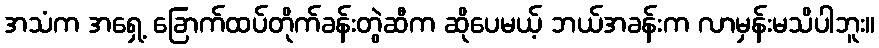
အသံက အရှေ့ ခြောက်ထပ်တိုက်ခန်းတွဲဆီက ဆိုပေမယ့် ဘယ်အခန်းက လာမှန်းမသိပါဘူး။